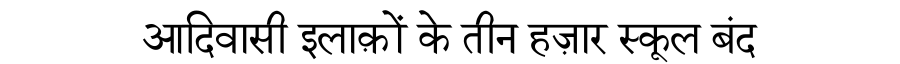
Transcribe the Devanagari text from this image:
आदिवासी इलाक़ों के तीन हज़ार स्कूल बंद